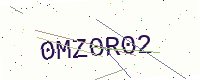
Text: 0MZ0R02